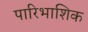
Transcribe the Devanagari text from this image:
पारिभाशिक